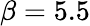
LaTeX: \beta=5.5